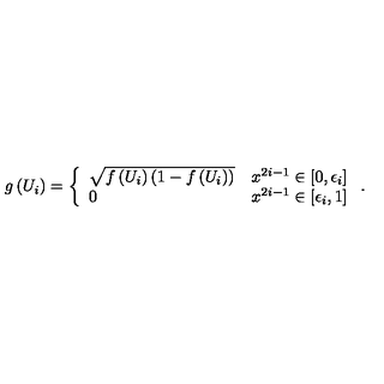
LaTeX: g \left( U _ { i } \right) = \left\{ \begin{array} { l l } { \sqrt { f \left( U _ { i } \right) \left( 1 - f \left( U _ { i } \right) \right) } } & { x ^ { 2 i - 1 } \in \left[ 0 , \epsilon _ { i } \right] } \\ { 0 } & { x ^ { 2 i - 1 } \in \left[ \epsilon _ { i } , 1 \right] } \\ \end{array} \right. .